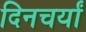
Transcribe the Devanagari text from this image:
दिनचर्यां